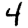
Digit: 4